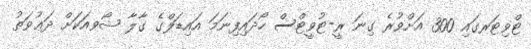
ޓްވިޓަރގައި 300 އަށްވުރެ ގިނަ ރީ-ޓުވީޓްސް ހޯދައިފިނަމަ އައިޑަލްގެ ގާލާ ޝޯވއަކަށް ދަޢުވަތު